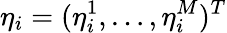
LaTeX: \eta_{i}=(\eta_{i}^{1},\dots,\eta_{i}^{M})^{T}